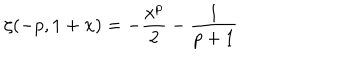
\zeta ( - p , 1 + x ) = - \frac { x ^ { p } } { 2 } - \frac { 1 } { p + 1 }